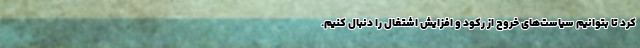
کرد تا بتوانیم سیاست‌های خروج از رکود و افزایش اشتغال را دنبال کنیم.